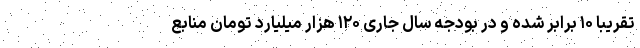
تقریباً ۱۰ برابر شده و در بودجه سال جاری ۱۲۰ هزار میلیارد تومان منابع